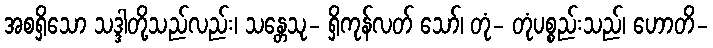
အစရှိသော သဒ္ဒါတို့သည်လည်း၊ သန္တေသု- ရှိကုန်လတ် သော်၊ တုံ- တုံပစ္စည်းသည်၊ ဟောတိ-